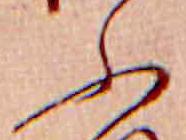
ふ